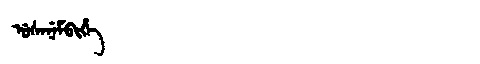
Manchu: ᡠᠰᡝᠨᡝᠮᠪᡳᡥᡝ
Romanization: USENEMBIHE